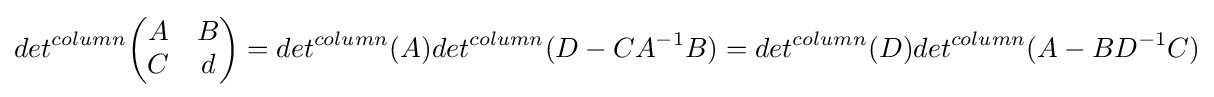
det^{column}{\begin{pmatrix}A&B\\C&d\\\end{pmatrix}}=det^{column}(A)det^{column}(D-CA^{-1}B)=det^{column}(D)det^{column}(A-BD^{-1}C)